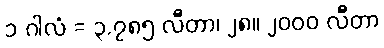
၁ ဂါလံ = ၃.၇၈၅ လီတာ၊ ၂၈။ ၂၀၀၀ လီတာ